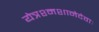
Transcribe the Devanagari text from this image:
येत्रश्मशानेदेवाः